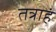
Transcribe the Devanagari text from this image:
तत्राहं